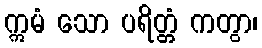
ဣမံ သော ပရိတ္တံ ကတွာ၊